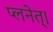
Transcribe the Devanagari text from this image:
प्लनेत्।